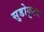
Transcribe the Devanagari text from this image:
सुडोकूला